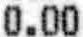
0.00